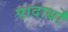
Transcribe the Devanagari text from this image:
पादार्थों